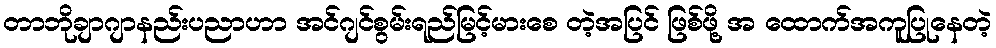
တာဘိုချာဂျာနည်းပညာဟာ အင်ဂျင်စွမ်းရည်မြင့်မားစေ တဲ့အပြင် ဖြစ်ဖို့ အ ထောက်အကူပြုနေတဲ့